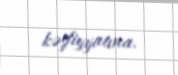
kəşfiyyatına.